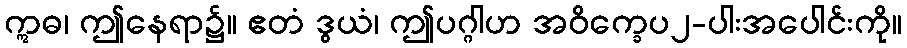
ဣဓ၊ ဤနေရာ၌။ ဧတံ ဒွယံ၊ ဤပဂ္ဂါဟ အဝိက္ခေပ၂-ပါးအပေါင်းကို။